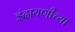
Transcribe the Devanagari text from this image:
इंदायणीच्या